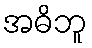
အဓိဘူ